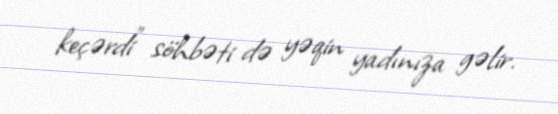
keçərdi” söhbəti də yəqin yadınıza gəlir.